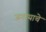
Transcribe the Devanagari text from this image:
जगायाचे